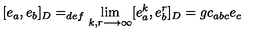
[ e _ { a } , e _ { b } ] _ { D } = _ { d e f } \lim _ { k , r \longrightarrow \infty } [ e _ { a } ^ { k } , e _ { b } ^ { r } ] _ { D } = g c _ { a b c } e _ { c }